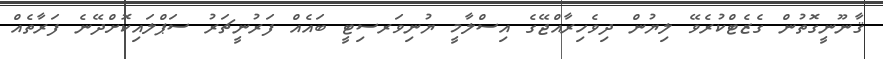
ޤާނޫނީގޮތުން ގެޒެޓްކުރެވޭ ލިޔުން ދިވެހިރާއްޖޭގެ އިސްލާމީ ޔުނިވަރސިޓީ ބައެއް ފަރުނީޗަރު ސަޕްލައިކޮށްދޭނެ ފަރާތެއް